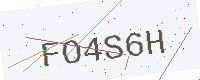
Text: FO4S6H